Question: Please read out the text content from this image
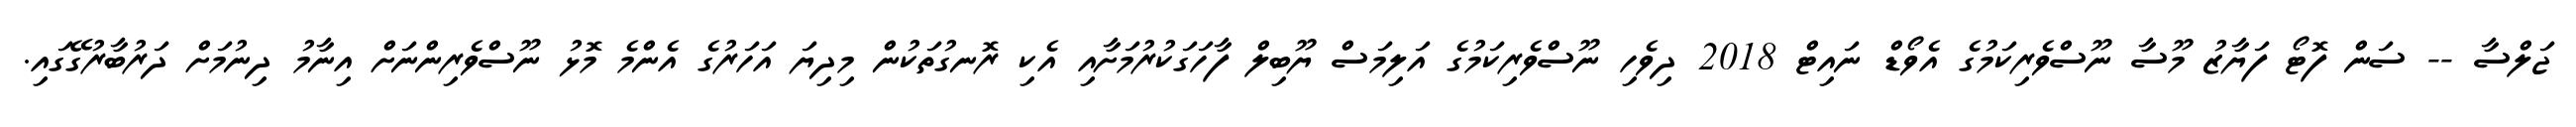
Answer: ޖަލްސާ -- ސަން ފޮޓޯ ފަޔާޒު މޫސާ ނޫސްވެރިކަމުގެ އެވޯޑް ނައިޓް 2018 ދިވެހި ނޫސްވެރިކަމުގެ އަލިމަސް ޔޫބިލް ފާހަގަކުރުމަށާއި އެކި ރޮނގުތަކުން މިދިޔަ އަހަރުގެ އެންމެ މޮޅު ނޫސްވެރިންނަށް އިނާމު ދިނުމަށް ދަރުބާރުގޭގައި.